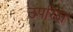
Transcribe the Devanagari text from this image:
उपरिक्ष